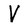
Character: V